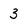
Character: 3